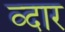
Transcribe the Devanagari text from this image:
व्दार